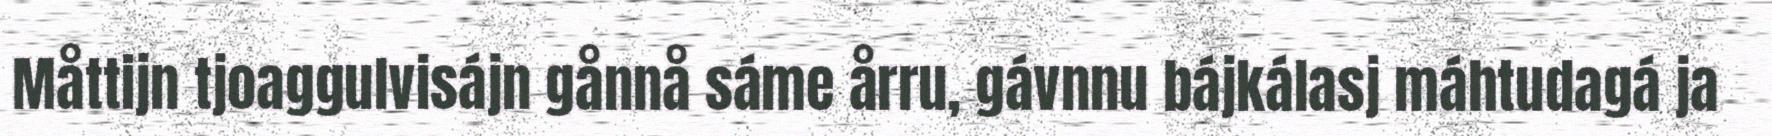
Måttijn tjoaggulvisájn gånnå sáme årru, gávnnu bájkálasj máhtudagá ja